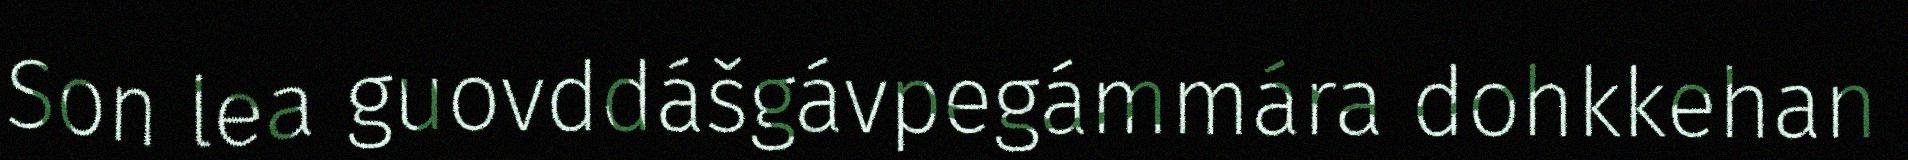
Son lea guovddášgávpegámmára dohkkehan